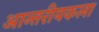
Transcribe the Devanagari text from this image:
आन्तरीयकला